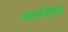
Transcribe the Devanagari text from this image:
गलतफहिमयां